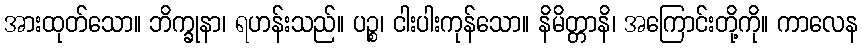
အားထုတ်သော။ ဘိက္ခုနာ၊ ရဟန်းသည်။ ပဉ္စ၊ ငါးပါးကုန်သော။ နိမိတ္တာနိ၊ အကြောင်းတို့ကို။ ကာလေန